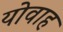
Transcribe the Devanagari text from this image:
योवाह